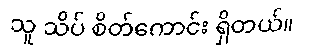
သူ သိပ် စိတ်ကောင်း ရှိတယ်။